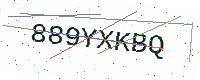
Text: 889YXKBQ